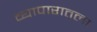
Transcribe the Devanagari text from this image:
व्यापारातला